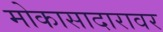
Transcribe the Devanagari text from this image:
मोकासादारावर